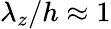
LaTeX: \lambda_{z}/h\approx 1